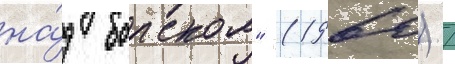
на́д борском" (1960) /